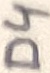
Text: D4